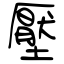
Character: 壓